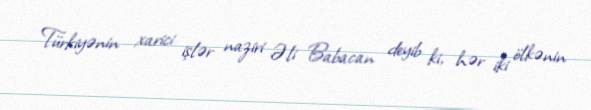
Türkiyənin xarici işlər naziri Əli Babacan deyib ki, hər iki ölkənin